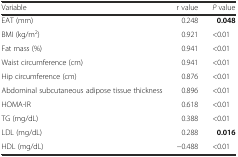
<table><thead><tr><td><b>Variable</b></td><td><b>r value</b></td><td><b><i>P</i> value</b></td></tr></thead><tbody><tr><td>EAT (mm)</td><td>0.248</td><td><b>0.048</b></td></tr><tr><td>BMI (kg/m<sup>2</sup>)</td><td>0.921</td><td>&lt;0.01</td></tr><tr><td>Fat mass (%)</td><td>0.941</td><td>&lt;0.01</td></tr><tr><td>Waist circumference (cm)</td><td>0.941</td><td>&lt;0.01</td></tr><tr><td>Hip circumference (cm)</td><td>0.876</td><td>&lt;0.01</td></tr><tr><td>Abdominal subcutaneous adipose tissue thickness</td><td>0.896</td><td>&lt;0.01</td></tr><tr><td>HOMA-IR</td><td>0.618</td><td>&lt;0.01</td></tr><tr><td>TG (mg/dL)</td><td>0.388</td><td>&lt;0.01</td></tr><tr><td>LDL (mg/dL)</td><td>0.288</td><td><b>0.016</b></td></tr><tr><td>HDL (mg/dL)</td><td>−0.488</td><td>&lt;0.01</td></tr></tbody></table>